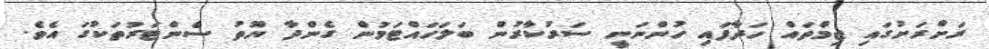
ރަށްރަށުގައި ޖިމްތައް ހަދާފައި ހުންނަނީ ސަރުކާރުން ބަލަހައްޓަމުން ގެންދާ ޔޫތު ސެންޓަރުތަކުގަ އެވެ.